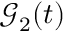
\mathcal { G } _ { 2 } ( t )